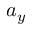
a _ { y }